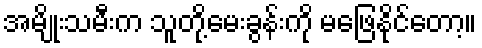
အမျိုးသမီးက သူတို့မေးခွန်းကို မဖြေနိုင်တော့။